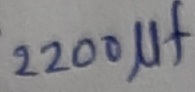
Text: 2200µF